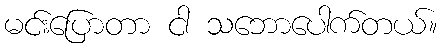
မင်းပြောတာ ငါ သဘောပေါက်တယ်။